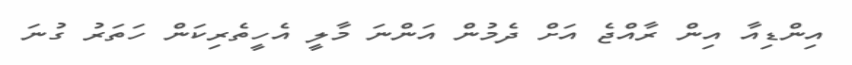
އިންޑިއާ އިން ރާއްޖެ އަށް ދެމުން އަންނަ މާލީ އެހީތެރިކަން ހަތަރު ގުނަ